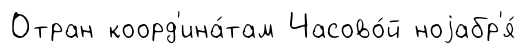
Отран коорд'ина́там Часово́й ноjабр'я́